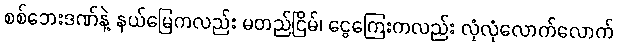
စစ်ဘေးဒဏ်နဲ့ နယ်မြေကလည်း မတည်ငြိမ်၊ ငွေကြေးကလည်း လုံလုံလောက်လောက်